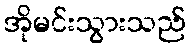
အိုမင်းသွားသည်